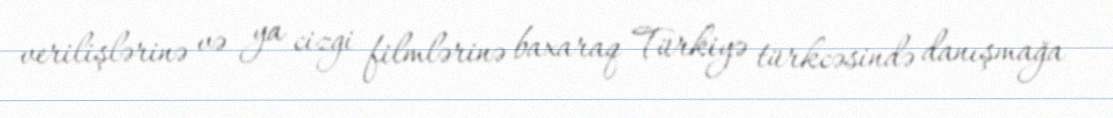
verilişlərinə və ya cizgi filmlərinə baxaraq Türkiyə türkcəsində danışmağa